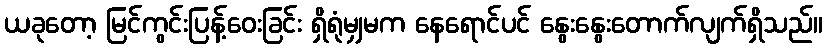
ယခုတော့ မြင်ကွင်းပြန့်ဝေးခြင်း ရှိရုံမျှမက နေရောင်ပင် နွေးနွေးတောက်လျက်ရှိသည်။